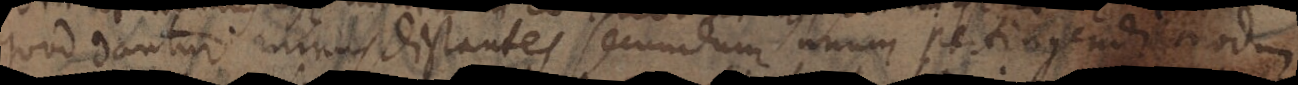
quod dantur mines distantes secundum unum sectiogendi modum